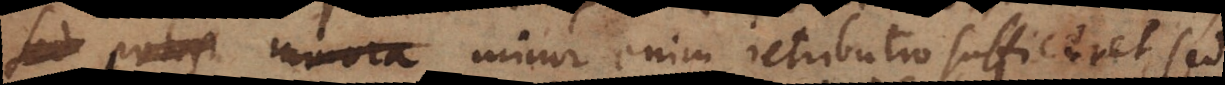
d potest minora, minor enim retributio sufficeret, sed